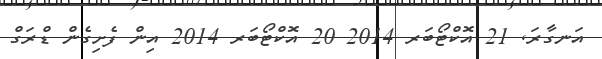
އަނގާރަ